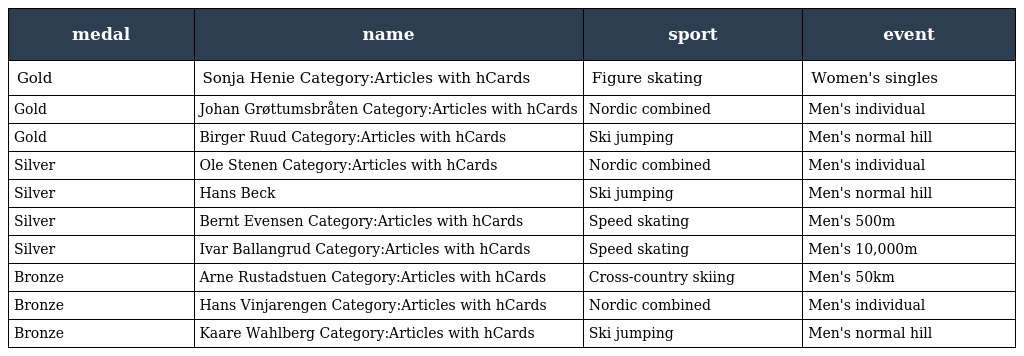
| medal | name | sport | event |
 | --- | --- | --- | --- |
 | Gold | Sonja Henie Category:Articles with hCards | Figure skating | Women's singles |
 | Gold | Johan Grøttumsbråten Category:Articles with hCards | Nordic combined | Men's individual |
 | Gold | Birger Ruud Category:Articles with hCards | Ski jumping | Men's normal hill |
 | Silver | Ole Stenen Category:Articles with hCards | Nordic combined | Men's individual |
 | Silver | Hans Beck | Ski jumping | Men's normal hill |
 | Silver | Bernt Evensen Category:Articles with hCards | Speed skating | Men's 500m |
 | Silver | Ivar Ballangrud Category:Articles with hCards | Speed skating | Men's 10,000m |
 | Bronze | Arne Rustadstuen Category:Articles with hCards | Cross-country skiing | Men's 50km |
 | Bronze | Hans Vinjarengen Category:Articles with hCards | Nordic combined | Men's individual |
 | Bronze | Kaare Wahlberg Category:Articles with hCards | Ski jumping | Men's normal hill |